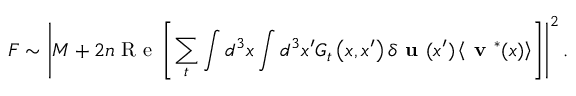
F \sim \left| M + 2 n \mathrm { ~ R ~ e ~ } \left[ \sum _ { t } \int d ^ { 3 } x \int d ^ { 3 } x ^ { \prime } G _ { t } \left( x , x ^ { \prime } \right) \delta \textbf { u } ( x ^ { \prime } ) \left< \textbf { v } ^ { * } ( x ) \right> \right] \right| ^ { 2 } .